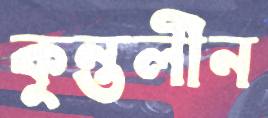
কুন্তলীন